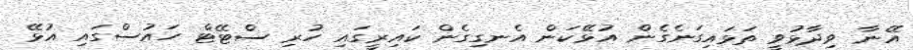
އޭނާ ވިދާޅުވީ ތަޅައިގަނެގެން އުޅޭކަން އެނގިގެން ކައިރީގައި ހުރި ސްޓޭޓް ހައުސްގައި އުޅޭ